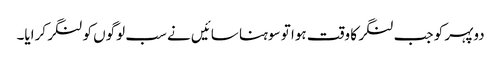
دوپہر کو جب لنگر کا وقت ہوا تو سوہنا سائیں نے سب لوگوں کو لنگر کرایا۔